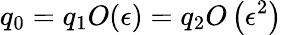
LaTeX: q_{0}=q_{1}O(\epsilon)=q_{2}O\left(\epsilon^{2}\right)